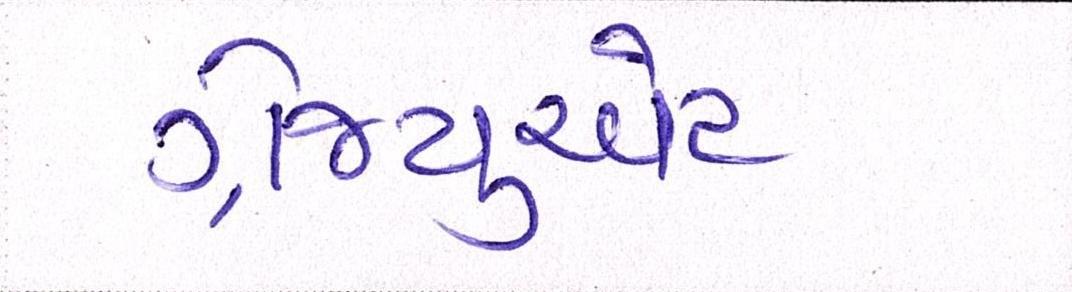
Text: ગ્રેજ્યુએટ